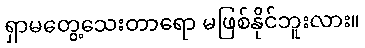
ရှာမတွေ့သေးတာရော မဖြစ်နိုင်ဘူးလား။